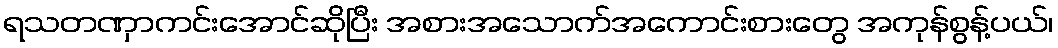
ရသတဏှာကင်းအောင်ဆိုပြီး အစားအသောက်အကောင်းစားတွေ အကုန်စွန့်ပယ်၊